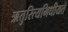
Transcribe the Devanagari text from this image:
ऋतुरित्यभिधीयते